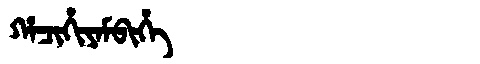
Manchu: ᡥᠠᠴᡳᡥᡳᠶᠠᠮᠪᡳᡥᡝ
Romanization: HACIHIYAMBIHE